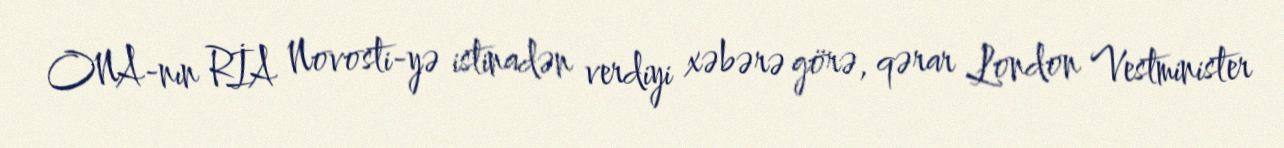
ONA-nın RİA Novosti-yə istinadən verdiyi xəbərə görə, qərar London Vestminister